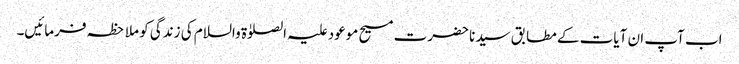
اب آپ ان آیات کے مطابق سیدنا حضرت مسیح موعود علیہ الصلوٰۃ والسلام کی زندگی کو ملاحظہ فرمائیں۔